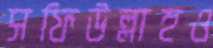
সফিউল্লাহও